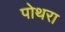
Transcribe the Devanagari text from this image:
पोथरा